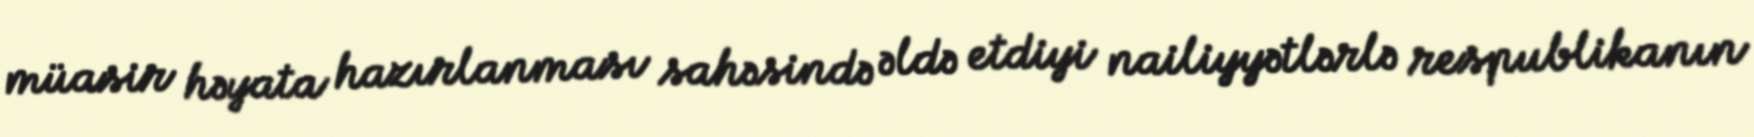
müasir həyata hazırlanması sahəsində əldə etdiyi nailiyyətlərlə respublikanın